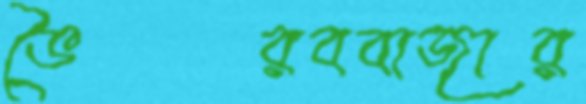
ভৈরববাজার